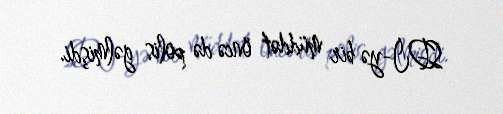
SDİ-yə bir müddət öncə də polis gəlmişdi.